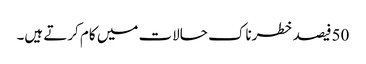
50فیصد خطرناک حالات میں کام کرتے ہیں۔